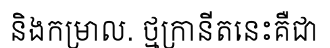
និងកម្រាល. ថ្មក្រានីតនេះគឺជា